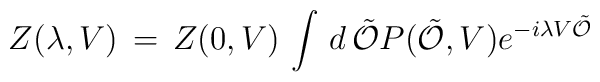
Z(\lambda, V) \, = \,Z(0,V) \,  \int \, d \, \tilde{\cal O} P(\tilde{\cal O},V) e^{- i\lambda V \tilde{\cal O}}